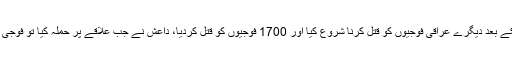
داعش کے جنگجوؤں نے جون 2014ء میں یکے بعد دیگرے عراقی فوجیوں کو قتل کرنا شروع کیا اور 1700 فوجیوں کو قتل کردیا، داعش نے جب علاقے پر حملہ کیا تو فوجی اپنی جانیں بچانے کے لیے دریا میں کود گئے۔